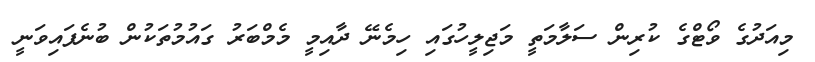
މިއަދުގެ ވޯޓްގެ ކުރިން ސަލާމަތީ މަޖިލީހުގައި ހިމެނޭ ދާއިމީ މެމްބަރު ގައުމުތަކުން ބުނެފައިވަނީ